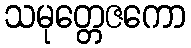
သမုတ္တေဇကော